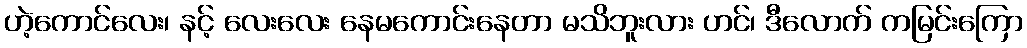
ဟဲ့ကောင်လေး၊ နင့် လေးလေး နေမကောင်းနေတာ မသိဘူးလား ဟင်၊ ဒီလောက် ကမြင်းကြော